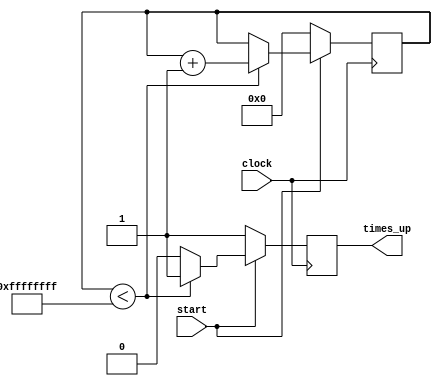
`timescale 1ns / 1ps
//////////////////////////////////////////////////////////////////////////////////
// Company: 
// Engineer: 
// 
// Design Name: 
// Module Name: Timer_check
// Project Name: 
// Target Devices: 
// Tool Versions: 
// Description: 
// 
// Dependencies: 
// 
// Revision:
// Revision 0.01 - File Created
// Additional Comments:
// 
//////////////////////////////////////////////////////////////////////////////////
module Timer_check(
    output times_up,
    input clock,
    input start     // Start timer
    );
    
reg [31:0] i;
reg times_up_reg;

initial i <= 0;

assign times_up = times_up_reg;
    
always @(posedge clock) begin
    if(start == 1) begin
        if(i < 32'hffffffff) begin 
            i <= i + 1;
            times_up_reg <= 1;      // 1 = not times up
            end
        else begin
            times_up_reg <= 0;
            end
        end
    else if(start == 0) begin
        times_up_reg <= 1;
        i <= 0;
        end
    end  
endmodule

////////////////////////////////////////////////////////////////////////////////////////////////////////
module Timer_delay(
    output times_up,
    input clock,
    input start     // Start timer
    );
    
reg [19:0] i;
reg times_up_reg;

initial i <= 0;

assign times_up = times_up_reg;
    
always @(posedge clock) begin
    if(start == 1) begin
        if(i < 20'hfffff) begin 
            i <= i + 1;
            times_up_reg <= 1;      // 1 = not times up
            end
        else begin
            times_up_reg <= 0;
            end
        end
    else if(start == 0) begin
        times_up_reg <= 1;
        i <= 0;
        end
    end  
endmodule